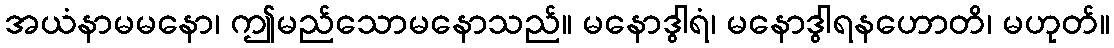
အယံနာမမနော၊ ဤမည်သောမနောသည်။ မနောဒွါရံ၊ မနောဒွါရနဟောတိ၊ မဟုတ်။